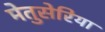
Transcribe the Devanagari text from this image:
मेतुसेरिया